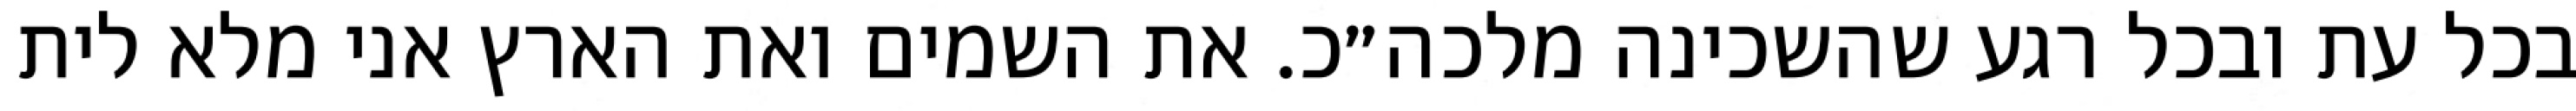
בכל עת ובכל רגע שהשכינה מלכה״כ. את השמים ואת הארץ אני מלא לית